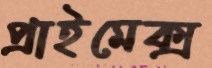
প্রাইমেক্স